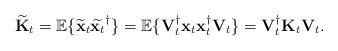
LaTeX: \begin{align*}\widetilde{\boldsymbol{\mathrm{K}}}_{t}&=\mathbb{E}\{\widetilde{\boldsymbol{\mathrm{x}}}_{t}\widetilde{\boldsymbol{\mathrm{x}}_{t}}^{\dagger}\}=\mathbb{E}\{\boldsymbol{\mathrm{V}}_t^{\dagger}\boldsymbol{\mathrm{x}}_t\boldsymbol{\mathrm{x}}_{t}^{\dagger}\boldsymbol{\mathrm{V}}_t\}=\boldsymbol{\mathrm{V}}_t^{\dagger}\boldsymbol{\mathrm{K}}_{t}\boldsymbol{\mathrm{V}}_t.\end{align*}